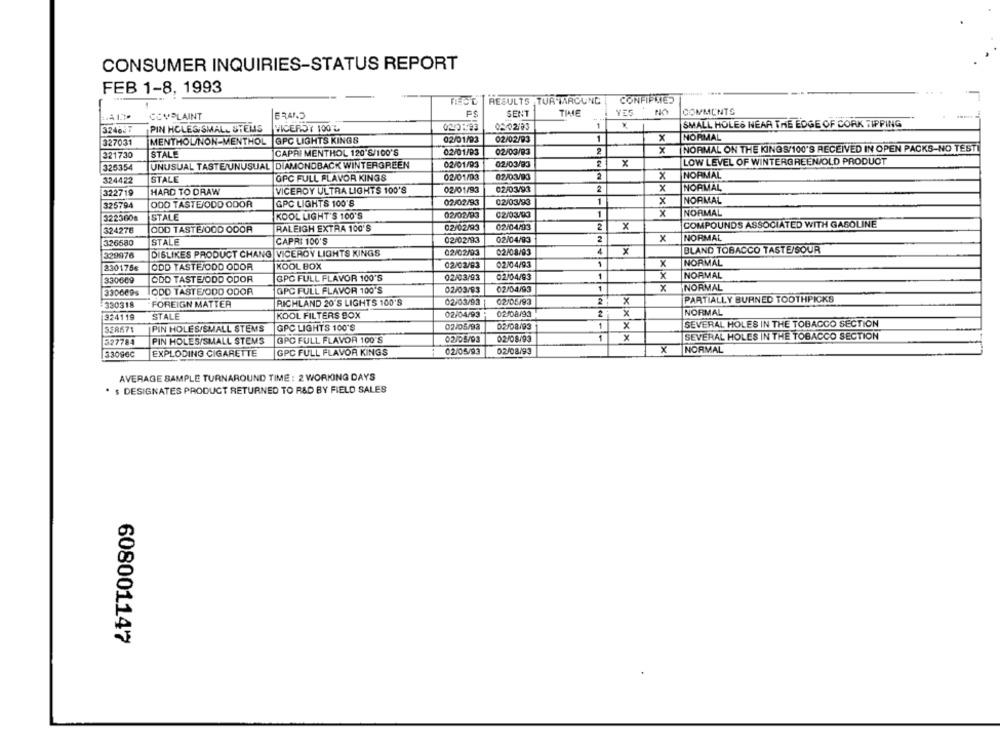
CONSUMER INQUIRIES-STATUS REPORT
FEB 1-8, 1993
FECE RESULTS TUR TAROUND
CONFIPMES
F$
SENT
THE
YES
NO
COMMENTS
CCVPLAINT
ERAND
324637
PIN HOLEG/SMALL STEMS
0210123
08/02/03
1
SMALL HOLES HEAR THE EDGE OF CORK TIPPING
VICEROY 100'L
NORMAL
327031
MENTHOL/NON-MENTHOL |GPC LIGHTS KINGS
02/01/93
02/02/93
1
x
02/01/93
02/03/93
x
NORMAL ON THE KINGS/100'S RECEIVED IN OPEN PACKS-NO TESTİ
321730
STALE
CAPRI MENTHOL 120 8/100'S
326354
UNUSUAL TASTE/UNUSUAL DIAMONDBACK WINTERGREEN
02/01/93
02/03/93
x
LOW LEVEL OF WINTERGREEN/OLD PRODUCT
324422
STALE
GPC FULL FLAVOR KINGS
02/01/93
02/03/93
2
x
NORMAL
02/03/93
2
x
NORMAL
322719
HARD TO DRAW
VICEROY ULTRA LIGHTS 100'S
02/01/93
ODD TASTEJODD ODOR
GPC LIGHTS 100'S
02/02/93
02/03/93
1
x
NORMAL
325794
3223008
STALE
KOOL LIGHT'S 100'S
02/02/93
02/03/93
1
x
NORMAL
02/02/93
02/04/93
2
x
COMPOUNDS ASSOCIATED WITH GASOLINE
324276
OOD TASTEJOOD ODOR
RALEIGH EXTRA 100'S
STALE
CAPRI 100'S
02/02/93
02/04/93
2
x
NORMAL
326580
329976
DISLIKES PRODUCT CHANG VICEROY LIGHTS KINGS
02/02/03
02/08/93
X
BLAND TOBACCO TASTE/SOUR
1
x
NORMAL
2301756
ODD TASTE/ODD ODOR
KOOL BOX
02/02/83
02/04/93
GPC FULL FLAVOR 100'S
02/03/93
02/04/93
1
x
NORMAL
330609
ODD TASTE/ODD ODOR
330609s
ODD TASTE/ODD ODOR
GPC FULL FLAVOR 100'S
02/03/93
02/04/93
1
x
NORMAL
02/03/93
02/05/93
2.
x
PARTIALLY BURNED TOOTHPICKS
330318
FOREIGN MATTER
RICHLAND 20'S LIGHTS 100'S
324119
STALE
KOOL FILTERS BOX
02/04/93
02/08193
NORMAL
358571
PIN HOLES/SMALL STEMS
GPC LIGHTS 100'S
02/05/93
02/08/93
1
x
SEVERAL HOLES IN THE TOBACCO SECTION
02/05/93
02/08/93
1
x
SEVERAL HOLES IN THE TOBACCO SECTION
327784
PIN HOLES/SMALL STEMS
GPC FULL FLAVOR 100'S
33096C
EXPLODING CIGARETTE
GPC FULL FLAVOR KINGS
02/05/93
02/08/93
x
NORMAL
AVERAGE SAMPLE TURNAROUND TIME : 2 WORKING DAYS
. $ DESIGNATES PRODUCT RETURNED TO R&D BY FIELD SALES
608001147